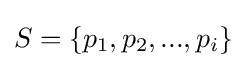
S=\{p_{1},p_{2},...,p_{i}\}